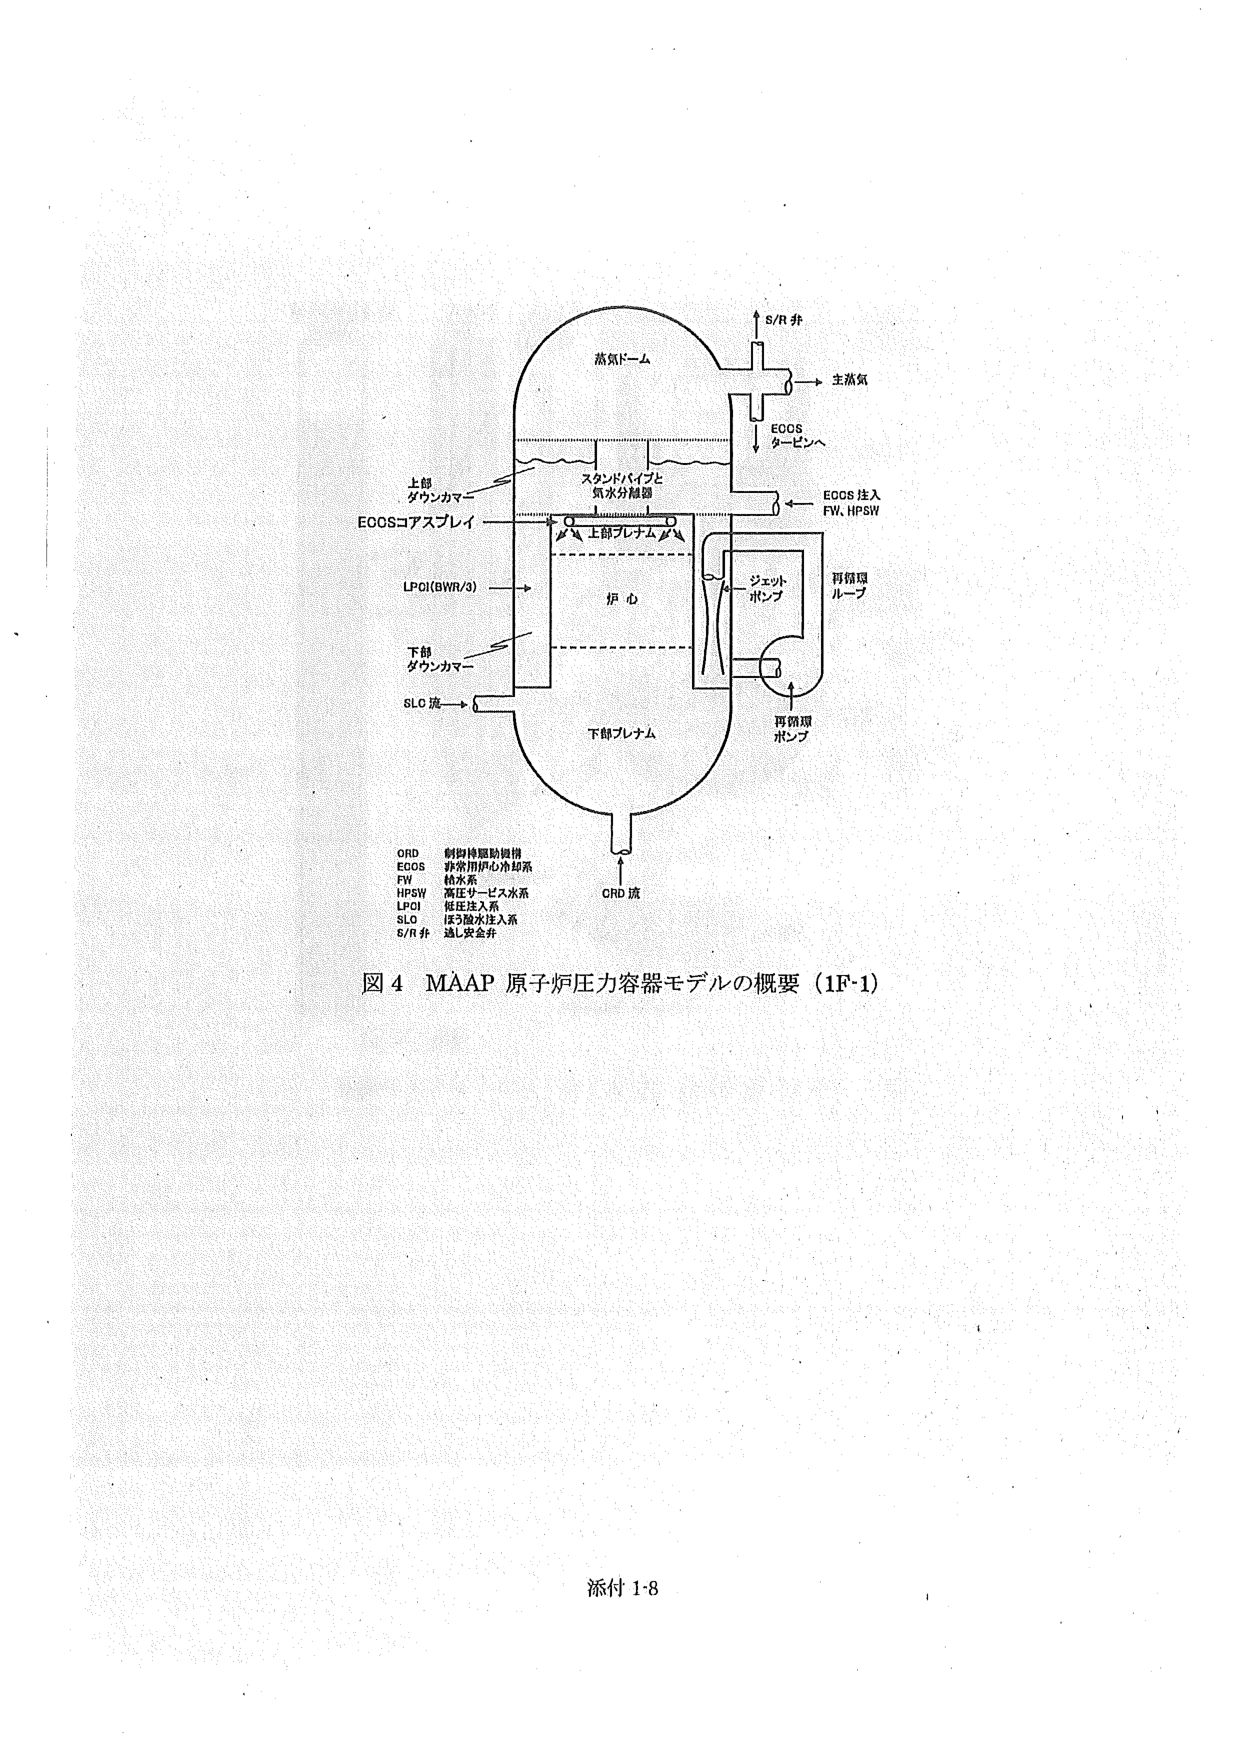
蒸気ドーム
S/R 井
主蒸気
ECOS
タービンへ
ECOS 注入
FW、HPSW
再循環
ループ
ジェット
ポンプ
再循環
ポンプ
スタンドパイプと
気水分離器
上部
ダウンカマー
ECOSコアスプレイ
LPOI(BWR/3)
炉心
下部
ダウンカマー
SLC 流
下部プレナム
CRD 流
ORD 割鋼棒駆動機構
ECOS 非常用炉心冷却系
FW 給水系
HPSW 高圧サービス水系
LPOI 低圧注入系
SLO ほう散水注入系
S/R 井 逃し安全弁
図 4 MAAP 原子炉圧力容器モデルの概要（1F-1）
添付 1-8